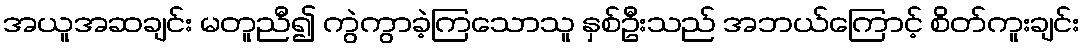
အယူအဆချင်း မတူညီ၍ ကွဲကွာခဲ့ကြသောသူ နှစ်ဦးသည် အဘယ်ကြောင့် စိတ်ကူးချင်း